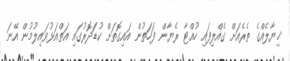
ޚިޔާލެއްގެ ތެރެއަށް ގެއްލިފައި ހުއްޓާ ރެޔާން ފަހަތުން އައިގޮތަށް ކުޑަދޮރުގައި އަތްއަޅުވައިލުމުން އޭނަ